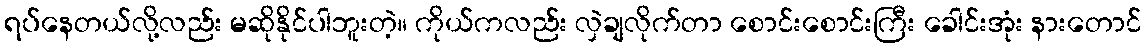
ရပ်နေတယ်လို့လည်း မဆိုနိုင်ပါဘူးတဲ့။ ကိုယ်ကလည်း လှဲချလိုက်တာ စောင်းစောင်းကြီး ခေါင်းအုံး နားတောင်